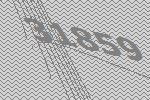
31859